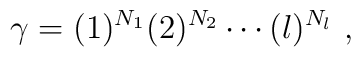
\gamma = (1)^{N_1} (2)^{N_2} \cdots (l)^{N_l} ~,